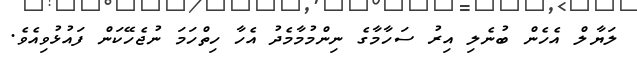
ލަޔާލް އެހެން ބުނެލި އިރު ސަހާމާގެ ނިންމުމާމެދު އެހާ ހިތްހަމަ ނުޖެހޭކަން ފައުޅުވިއެވެ.